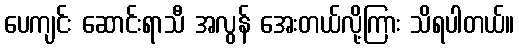
ပေကျင်း ဆောင်းရာသီ အလွန် အေးတယ်လို့ကြား သိရပါတယ်။